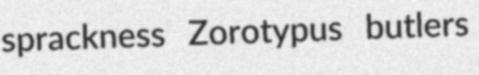
sprackness Zorotypus butlers